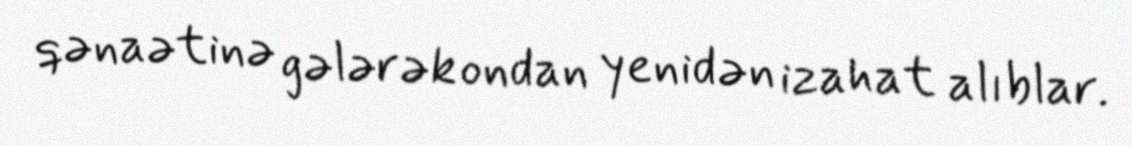
qənaətinə gələrək ondan yenidən izahat alıblar.